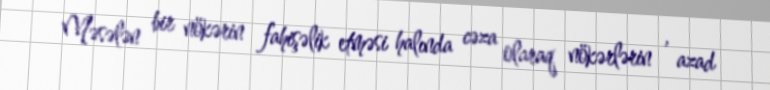
Məsələn bir nökərin fahişəlik etməsi halında cəza olaraq nökərlərin , azad